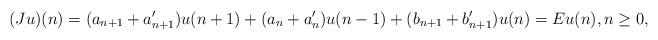
LaTeX: \begin{align*} (Ju)(n)= (a_{n+1}+a'_{n+1}) u({n+1})+(a_n+a_n') u({n-1})+(b_{n+1}+b'_{n+1})u(n)=Eu(n), n\geq 0, \end{align*}